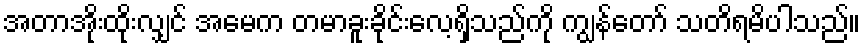
အတာအိုးထိုးလျှင် အမေက တမာခူးခိုင်းလေ့ရှိသည်ကို ကျွန်တော် သတိရမိပါသည်။